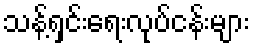
သန့်ရှင်းရေးလုပ်ငန်းများ